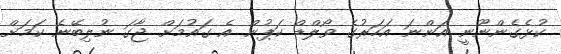
ކުޅެގެންނޫނީ އަންނަ އަހަރުގެ ވޯލްޑް ކަޕުން އެ ގައުމަށް ޖާގަ ނުލިބޭނެ ކަމަށް